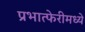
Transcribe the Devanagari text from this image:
प्रभात्फेरीमध्ये